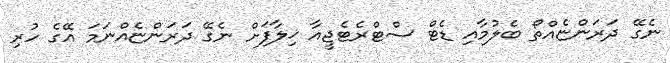
ނެގޭ ދަރަންޏެއްތޯ ބެލުމާއި ޑެޓް ސްޓްރެޓެޖީއާ ޚިލާފަށް ނެގޭ ދަރަންޏެއްނަމަ އޭގެ ހުރި